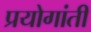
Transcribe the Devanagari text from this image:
प्रयोगांती